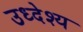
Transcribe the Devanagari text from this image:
उध्देश्य